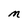
Character: m